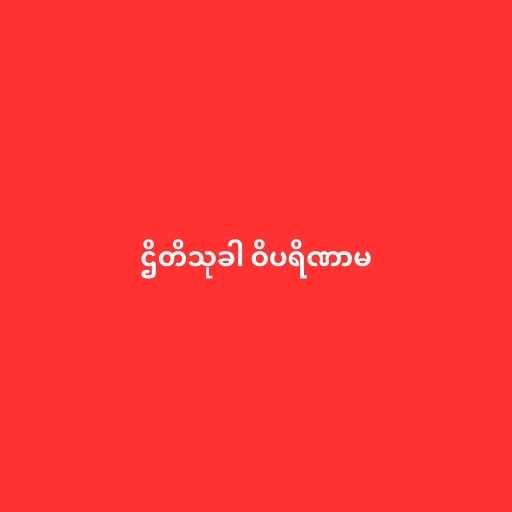
ဌိတိသုခါ ဝိပရိဏာမ